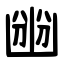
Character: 㟗